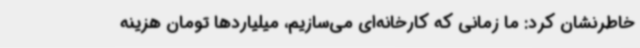
خاطرنشان کرد: ما زمانی که کارخانه‌ای می‌سازیم، میلیاردها تومان هزینه